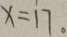
x = 1 7 .